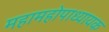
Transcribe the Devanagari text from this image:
महामहोपाध्यायक